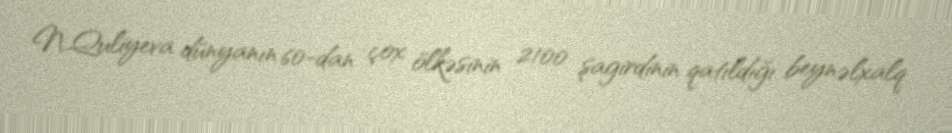
N.Quliyeva dünyanın 60-dan çox ölkəsinin 2100 şagirdinin qatıldığı beynəlxalq